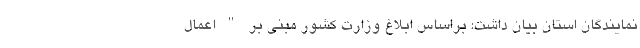
نمایندگان استان بیان داشت: براساس ابلاغ وزارت کشور مبنی بر " اعمال